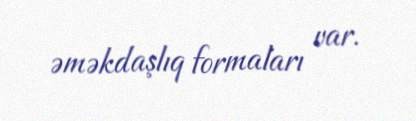
əməkdaşlıq formaları var.